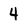
Character: 4